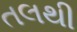
તલથી